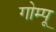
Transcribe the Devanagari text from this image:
गोम्‍पू